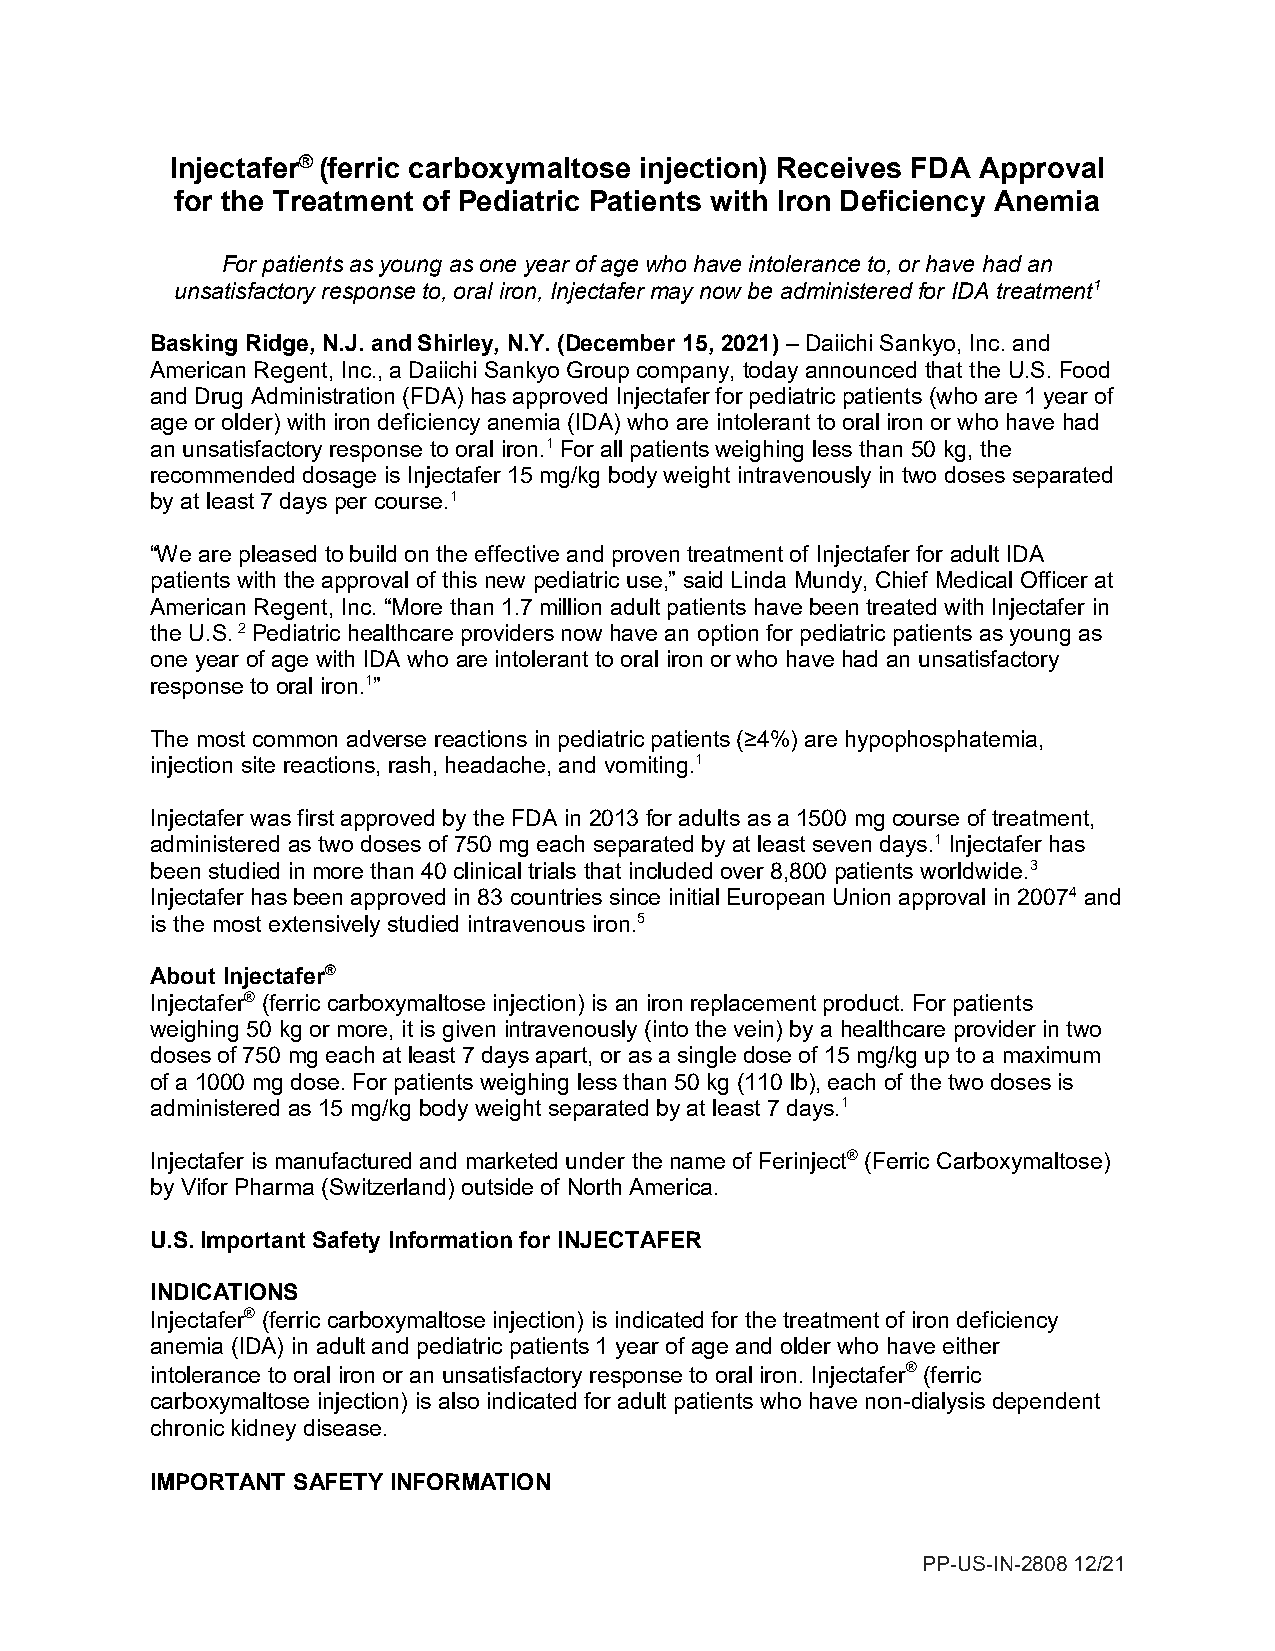
Injectafer® (ferric carboxymaltose injection) Receives FDA Approval
 for the Treatment of Pediatric Patients with Iron Deficiency Anemia
 For patients as young as one year of age who have intolerance to, or have had an
 unsatisfactory response to, oral iron, Injectafer may now be administered for IDA treatment1
 Basking Ridge, N.J. and Shirley, N.Y. (December 15, 2021) – Daiichi Sankyo, Inc. and
 American Regent, Inc., a Daiichi Sankyo Group company, today announced that the U.S. Food
 and Drug Administration (FDA) has approved Injectafer for pediatric patients (who are 1 year of
 age or older) with iron deficiency anemia (IDA) who are intolerant to oral iron or who have had
 an unsatisfactory response to oral iron.1 For all patients weighing less than 50 kg, the
 recommended dosage is Injectafer 15 mg/kg body weight intravenously in two doses separated
 by at least 7 days per course.1
 “We are pleased to build on the effective and proven treatment of Injectafer for adult IDA
 patients with the approval of this new pediatric use,” said Linda Mundy, Chief Medical Officer at
 American Regent, Inc. “More than 1.7 million adult patients have been treated with Injectafer in
 the U.S. 2 Pediatric healthcare providers now have an option for pediatric patients as young as
 one year of age with IDA who are intolerant to oral iron or who have had an unsatisfactory
 response to oral iron.1”
 The most common adverse reactions in pediatric patients (≥4%) are hypophosphatemia,
 injection site reactions, rash, headache, and vomiting.1
 Injectafer was first approved by the FDA in 2013 for adults as a 1500 mg course of treatment,
 administered as two doses of 750 mg each separated by at least seven days.1 Injectafer has
 been studied in more than 40 clinical trials that included over 8,800 patients worldwide.3
 Injectafer has been approved in 83 countries since initial European Union approval in 20074 and
 is the most extensively studied intravenous iron.5
 About Injectafer®
 Injectafer® (ferric carboxymaltose injection) is an iron replacement product. For patients
 weighing 50 kg or more, it is given intravenously (into the vein) by a healthcare provider in two
 doses of 750 mg each at least 7 days apart, or as a single dose of 15 mg/kg up to a maximum
 of a 1000 mg dose. For patients weighing less than 50 kg (110 lb), each of the two doses is
 administered as 15 mg/kg body weight separated by at least 7 days.1
 Injectafer is manufactured and marketed under the name of Ferinject® (Ferric Carboxymaltose)
 by Vifor Pharma (Switzerland) outside of North America.
 U.S. Important Safety Information for INJECTAFER
 INDICATIONS
 Injectafer® (ferric carboxymaltose injection) is indicated for the treatment of iron deficiency
 anemia (IDA) in adult and pediatric patients 1 year of age and older who have either
 intolerance to oral iron or an unsatisfactory response to oral iron. Injectafer® (ferric
 carboxymaltose injection) is also indicated for adult patients who have non-dialysis dependent
 chronic kidney disease.
 IMPORTANT SAFETY INFORMATION
 PP-US-IN-2808 12/21